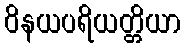
ဝိနယပရိယတ္တိယာ